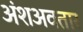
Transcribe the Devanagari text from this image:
अंशअवतार